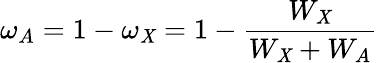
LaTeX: \omega_{A}=1-\omega_{\mathit{X}}=1-{\frac{{W_{\mathit{X}}}}{{W_{\mathit{X}}+W_{A}}}}